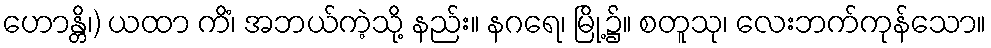
ဟောန္တိ၊) ယထာ ကိံ၊ အဘယ်ကဲ့သို့ နည်း။ နဂရေ၊ မြို့၌။ စတူသု၊ လေးဘက်ကုန်သော။